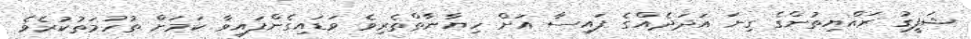
ޝަފީގު ރައްޔިތުންގެ ގިނަ އަދަދެއްގެ ފައިސާ އަށް ހިޔާނާތްތެރިވެ ވަޑައިގެންފައިވާ ކަމަށް ތުހުމަތުކުރެވެ